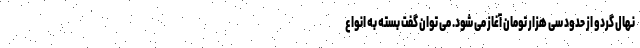
نهال گردو از حدود سی هزار تومان آغاز می شود. می توان گفت بسته به انواع